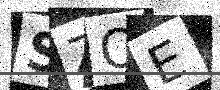
Text: SZOE